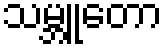
သမ္ဘူတော